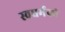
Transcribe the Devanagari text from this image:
स्‍वधर्मको